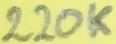
Text: 220K